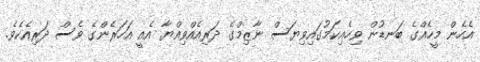
އެހެން މީހެއްގެ ބަނޑުން ވިހެއިކަމުގައިވިޔަސް ނާޒިމްގެ ދަރިއެއްވިއްޔާ އެއީ އަހަރެންގެ ވެސް ދަރިއެކެވެ.